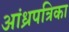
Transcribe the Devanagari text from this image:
आंध्रपत्रिका